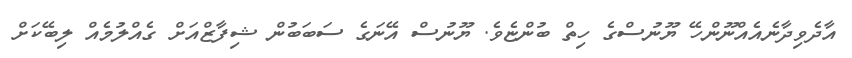
އާދެވިދާނެއެއްނޫންހޭ ޔޫނުސްގެ ހިތް ބުންޏެވެ. ޔޫނުސް އޭނަގެ ސަބަބުން ޝިފާޒްއަށް ގެއްލުމެއް ލިބޭކަށް